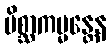
မိစ္ဆာကမ္မန္တေန